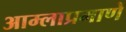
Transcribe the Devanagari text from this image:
आम्लाप्रमाणे